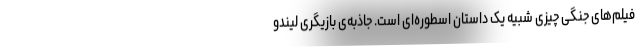
فیلم‌های جنگی چیزی شبیه یک داستان اسطوره‌ای است. جاذبه‌ی بازیگری لیندو